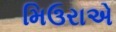
મિઉરાએ